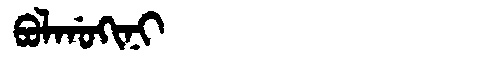
Manchu: ᠪᠣᠯᡤᠣᡴᡳᠨᡳ
Romanization: BOLGOKINI